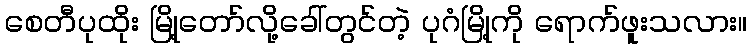
စေတီပုထိုး မြို့တော်လို့ခေါ်တွင်တဲ့ ပုဂံမြို့ကို ရောက်ဖူးသလား။